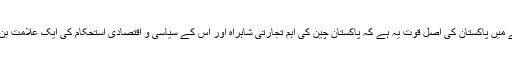
اس سلسلے میں پاکستان کی اصل قوت یہ ہے کہ پاکستان چین کی اہم تجارتی شاہراہ اور اس کے سیاسی و اقتصادی استحکام کی ایک علامت بن چکا ہے۔